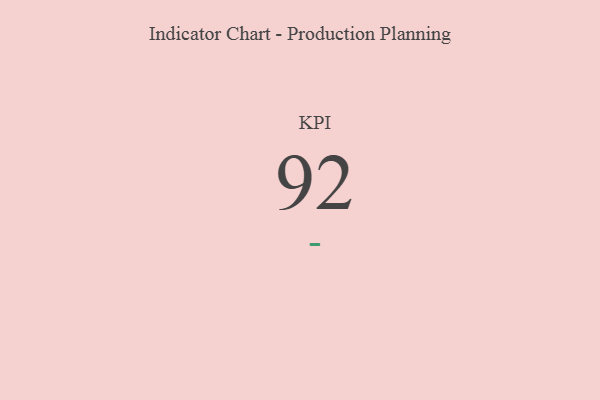
{"axis": {"x": "KPI", "y": "Value"}, "legend": [""], "data": [{"x": "KPI", "y": 92, "type": ""}]}